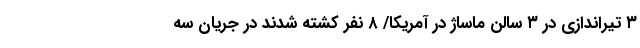
۳ تیراندازی در ۳ سالن ماساژ در آمریکا/ ۸ نفر کشته شدند در جریان سه